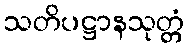
သတိပဋ္ဌာနသုတ္တံ